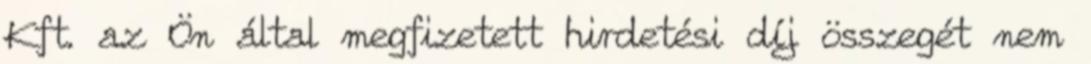
Kft. az Ön által megfizetett hirdetési díj összegét nem